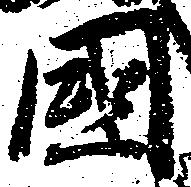
国